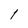
Character: 1